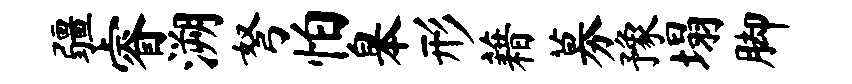
疆睿溯弩怕皋形藉募豫塌脚